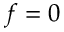
f = 0